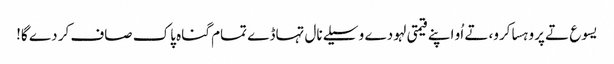
یسوع تے پروہسا کرو، تے اُو اپنے قیمتی لہو دے وسیلے نال تہاڈے تمام گناہ پاک صاف کر دے گا!